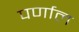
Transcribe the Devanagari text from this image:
पर्णाल